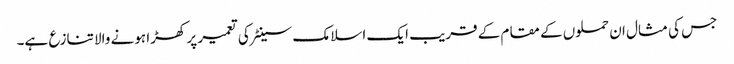
جس کی مثال ان حملوں کے مقام کے قریب ایک اسلامک سینٹر کی تعمیر پر کھڑا ہونے والا تنازع ہے۔